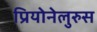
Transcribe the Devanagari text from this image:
प्रियोनेलुरुस